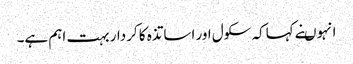
انہوںنے کہاکہ سکول اور اساتذہ کا کردار بہت اہم ہے۔